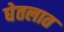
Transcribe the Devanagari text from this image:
घेतलात